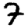
Digit: 7